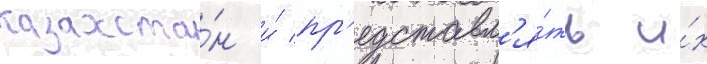
казахста́н и́ пр'едставл'я́ть и́х